Problem: 2 × 3 = ?
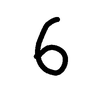
Handwritten answer: 6